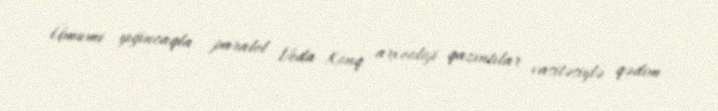
Ümumi yığıncaqla paralel Veda Konq arxeoloji qazıntılar vasitəsiylə qədim